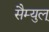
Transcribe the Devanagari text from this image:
सैम्युल्